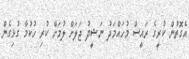
އެގޮތުން ކުރީގެ ރައީސް މުހައްމަދު ނަޝީދު ޖަލަށް ލުމަށް ކުރި ހުކުމާ ގުޅިގެން